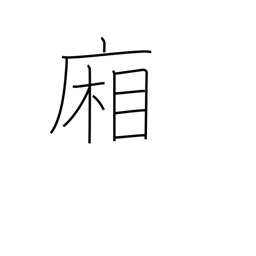
Meaning: hallways